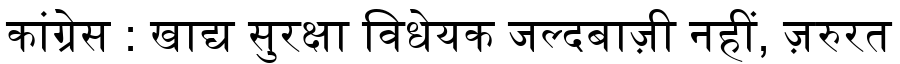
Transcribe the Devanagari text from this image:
कांग्रेस : खाद्य सुरक्षा विधेयक जल्दबाज़ी नहीं, ज़रुरत